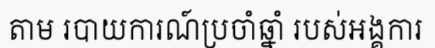
តាម របាយការណ៍ប្រចាំឆ្នាំ របស់អង្គការ